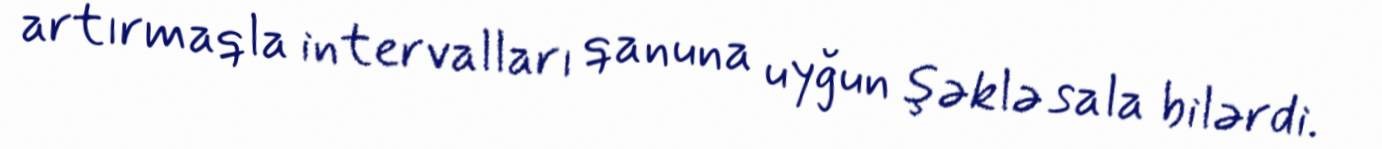
artırmaqla intervalları qanuna uyğun şəklə sala bilərdi.